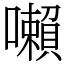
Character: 𡃤